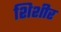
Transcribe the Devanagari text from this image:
शिशीर